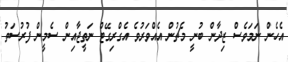
އެހެން ނަމަވެސް ޒިދާން ބުނީ މެޗުން އެއްވަރުވެ އެގްރިގޭޓް ނަތީޖާއިން ސެމީން ފުރުސަތު